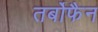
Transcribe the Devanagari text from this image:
तर्बोफैन